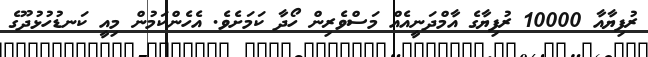
ރުފިޔާއާ 10000 ރުފިޔާގެ އާމްދަނީއެއް މަސްވެރިން ހޯދާ ކަމަށެވެ. އެހެންކަމުން މިއީ ކަނޑުހުޅުދޫގެ